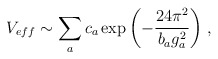
\begin{align*}V_{eff}\sim \sum_{a} c_{a}\exp{\left(-\frac{24\pi^{2}}{b_{a}g_{a}^{2}}\right)}\;,\end{align*}